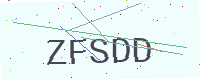
Text: ZFSDD